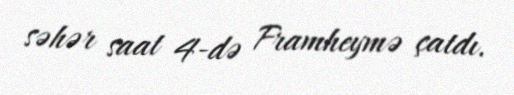
səhər saat 4-də Framheymə çatdı.